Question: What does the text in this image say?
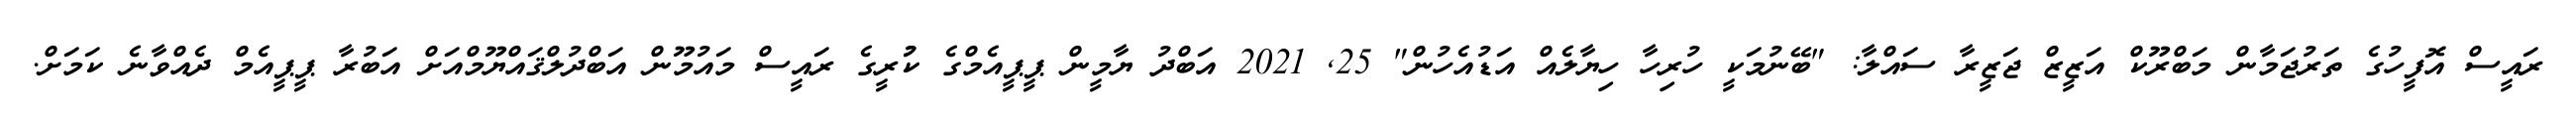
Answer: ރައީސް އޮފީހުގެ ތަރުޖަމާން މަބްރޫކް އަޒީޒް ޖަޒީރާ ސައްލާ: "ބޭނުމަކީ ހުރިހާ ހިޔާލެއް އަޑުއެހުން" 25, 2021 އަބްދު ޔާމީން ޕީޕީއެމްގެ ކުުރީގެ ރައީސް މައުމޫން އަބްދުލްޤައްޔޫމްއަށް އަބުރާ ޕީޕީއެމް ދެއްވާނެ ކަމަށް.